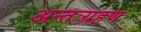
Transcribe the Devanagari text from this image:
अन्तःग्रहण